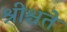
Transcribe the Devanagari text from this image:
श्रीश्चते